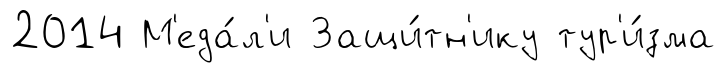
2014 М'еда́л'и Защи́тн'ику тур'и́зма